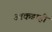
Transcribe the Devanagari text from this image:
आकडाही